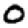
Digit: 0